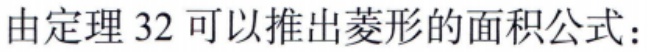
由定理 32 可以推出菱形的面积公式：